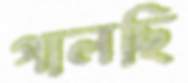
গালছি